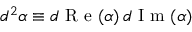
d ^ { 2 } \alpha \equiv d \mathrm { ~ R ~ e ~ } ( \alpha ) \, d \mathrm { ~ I ~ m ~ } ( \alpha )